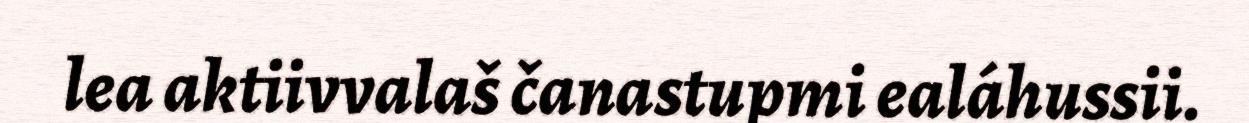
lea aktiivvalaš čanastupmi ealáhussii.